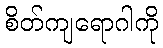
စိတ်ကျရောဂါကို